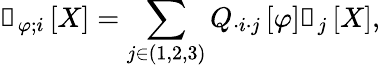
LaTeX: \boldsymbol{\mathscr{f}}_{\varphi;i}\left[X\right]=\sum_{j\in(1,2,3)}Q_{\cdot i\cdot j}\left[\varphi\right]\boldsymbol{\mathscr{e}}_{j}\left[X\right],